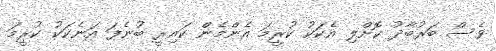
ވެސް ބަރުބާދު ކޮށްލި އެކަކު ކުރީމަ އެންމެން ކައިރީ ބުނެފަ އަނެކަކު ކުރީމަ